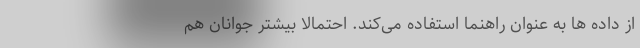
از داده ها به عنوان راهنما استفاده می‌کند. احتمالا بیشتر جوانان هم